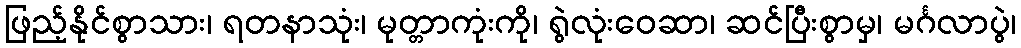
ဖြည့်နိုင်စွာသား၊ ရတနာသုံး၊ မုတ္တာကုံးကို၊ ရွဲလုံးဝေဆာ၊ ဆင်ပြီးစွာမှ၊ မင်္ဂလာပွဲ၊